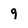
Character: 9